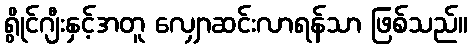
ရွိုင်ဂျီးနှင့်အတူ လျှောဆင်းလာရန်သာ ဖြစ်သည်။